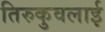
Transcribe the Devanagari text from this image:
तिरुकुवलाई